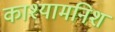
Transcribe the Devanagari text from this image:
काश्यामनिशं